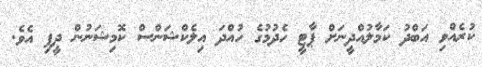
ކުރެއްވި އަބްދު ކަމާލުއްދީނަށް ޕާޓީ ހެދުމުގެ ހުއްދަ އިލެކްޝަންސް ކޮމިޝަނުން ދީފި އެވެ.